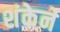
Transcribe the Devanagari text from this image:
शंकेने